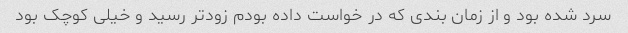
سرد شده بود و از زمان بندی که در خواست داده بودم زودتر رسید و خیلی کوچک بود